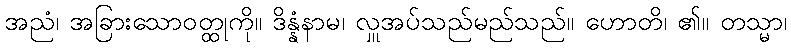
အညံ၊ အခြားသောဝတ္ထုကို။ ဒိန္နံနာမ၊ လှူအပ်သည်မည်သည်။ ဟောတိ၊ ၏။ တသ္မာ၊